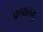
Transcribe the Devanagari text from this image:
कृपालम्